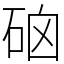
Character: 硇